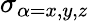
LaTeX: \sigma_{\alpha=x,y,z}